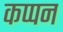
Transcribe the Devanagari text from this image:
कप्पन